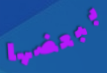
ببعضها